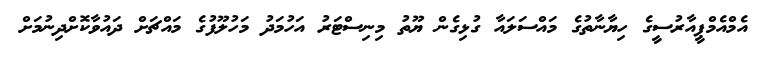
އެމްއެމްޕީއާރުސީގެ ހިޔާނާތުގެ މައްސަލައާ ގުޅިގެން ޔޫތު މިނިސްޓަރު އަހުމަދު މަހުލޫފުގެ މައްޗަށް ދައުވާކޮށްދިނުމަށް